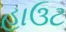
હાઉટ